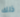
ذلك